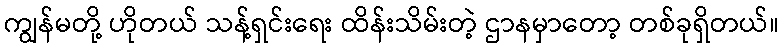
ကျွန်မတို့ ဟိုတယ် သန့်ရှင်းရေး ထိန်းသိမ်းတဲ့ ဌာနမှာတော့ တစ်ခုရှိတယ်။